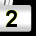
Digit: 2